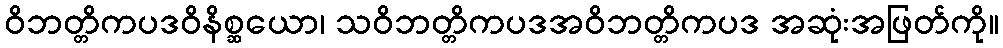
ဝိဘတ္တိကပဒဝိနိစ္ဆယော၊ သဝိဘတ္တိကပဒအဝိဘတ္တိကပဒ အဆုံးအဖြတ်ကို။